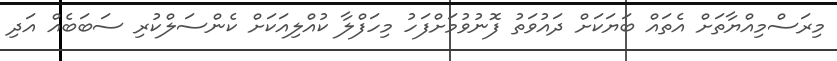
މިރަސްމިއްޔާތަށް އެތައް ބަޔަކަށް ދައުވަތު ފޮނުވުމަށްފަހު މިހަފްލާ ކުއްލިއަކަށް ކެންސަލްކުރި ސަބަބެއް އަދި